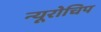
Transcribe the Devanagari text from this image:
न्यूरोचिप